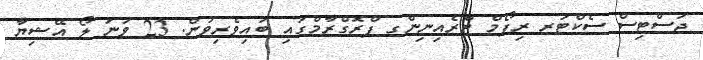
ޖަސްޓިސް ސެކްޓަރ ރިފޯމް ޓްރެއިނިންގ ޕްރޮގްރާމްގައި ބައިވެރިވުން. 23 ވަނަ ލޯ އޭޝިޔާ